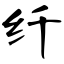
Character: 纤